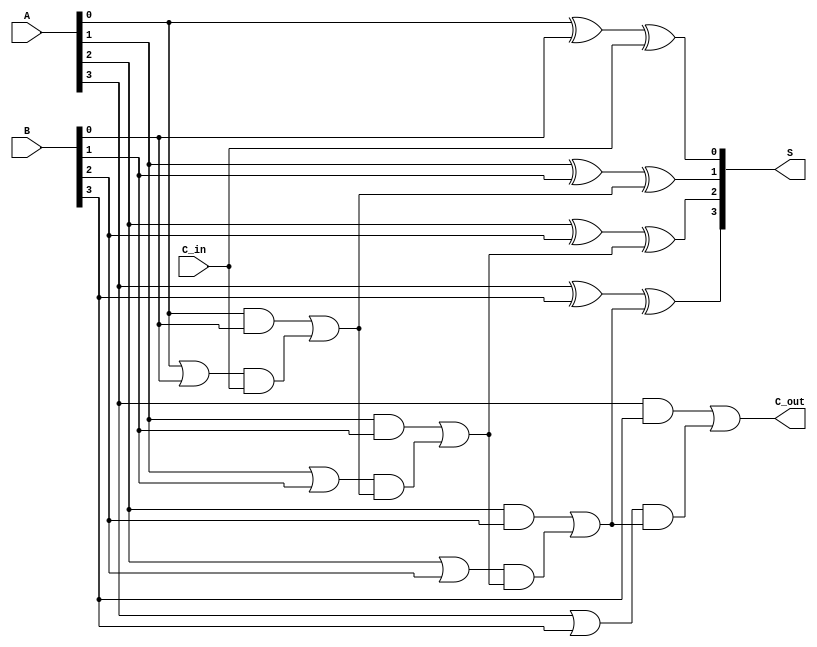
module HanCarlsonAdder #(
    parameter n = 4  // You can change n to any desired bit width
)(
    input [n-1:0] A,  // First n-bit input
    input [n-1:0] B,  // Second n-bit input
    input C_in,       // Input carry
    output [n-1:0] S, // n-bit sum output
    output C_out      // Final carry output
);

    wire [n-1:0] G; // Generate signals
    wire [n-1:0] P; // Propagate signals
    wire [n:0] C;   // Carry signals (C[0] = C_in)

    // Generate and Propagate calculations
    genvar i;
    generate
        for (i = 0; i < n; i = i + 1) begin : gen_prop
            assign G[i] = A[i] & B[i];   // Generate
            assign P[i] = A[i] | B[i];   // Propagate
        end
    endgenerate

    // Carry calculations
    assign C[0] = G[0] | (P[0] & C_in); // First carry-out
    generate
        for (i = 1; i < n; i = i + 1) begin : carry_gen
            assign C[i] = G[i] | (P[i] & C[i - 1]); // Carry generation
        end
    endgenerate
    assign C_out = C[n-1]; // Final carry-out

    // Sum calculations
    generate
        for (i = 0; i < n; i = i + 1) begin : sum_calc
            if (i == 0) begin
                assign S[i] = A[i] ^ B[i] ^ C_in; // Sum for the first bit
            end else begin
                assign S[i] = A[i] ^ B[i] ^ C[i-1]; // Sum for other bits
            end
        end
    endgenerate

endmodule